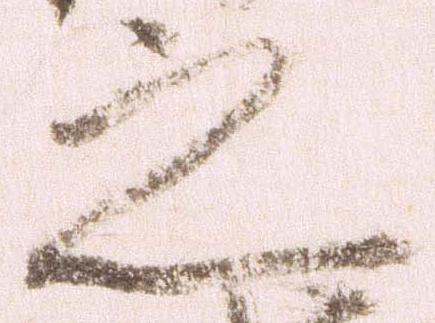
之